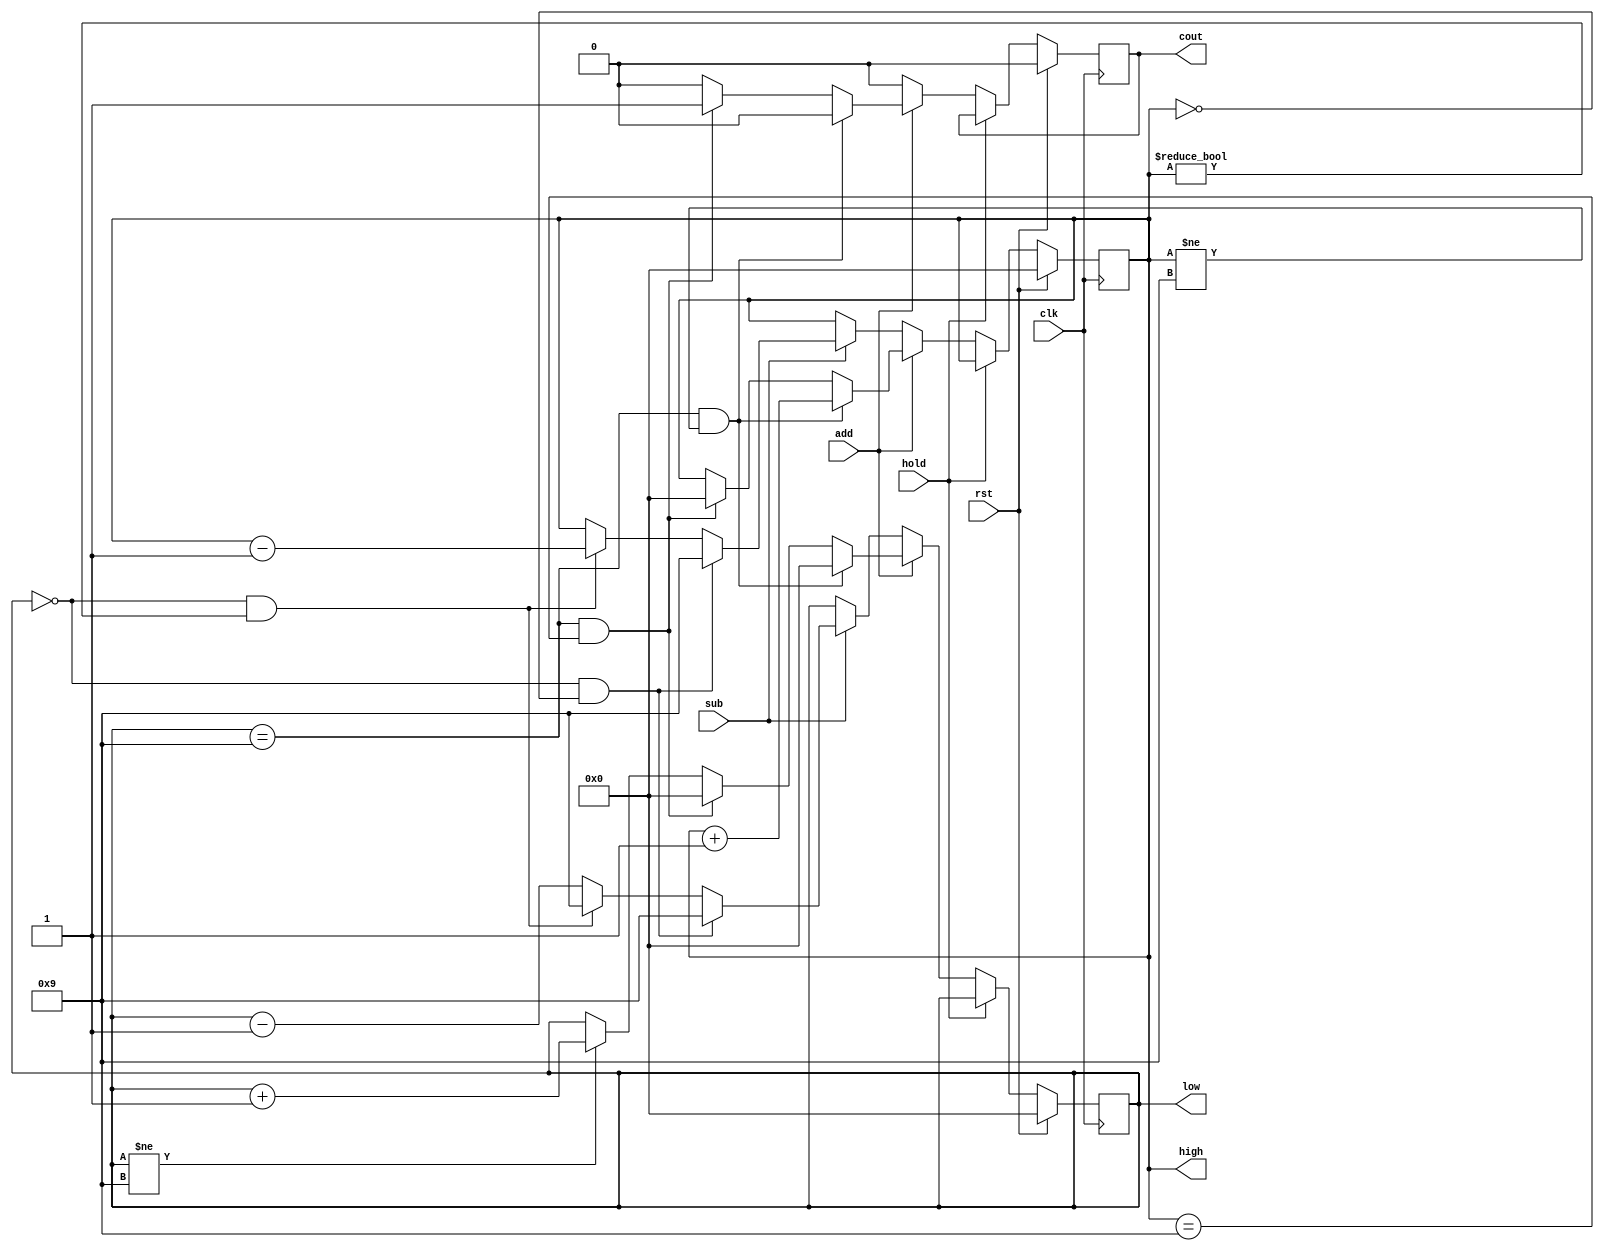
module register100_decimal(
    input clk,
    input add,
    input sub,
    input rst,
    input hold,
    output reg [3:0] low, high,
    output reg cout
);
    initial begin
        low = 0;
        high = 0;
        cout = 0;
    end

    always @(posedge clk) begin
        if (rst) begin
            high <= 0;
            low <= 0;
            cout <= 0;
        end else if (hold) begin
            high <= high;
            low <= low;
            cout <= cout;
        end else begin
        if (add) begin
            if (low == 4'd9 && high != 4'd9) begin
                high <= high + 1;
                low <= 0;
                cout <= 0;
            end else if (low == 4'd9 && high == 4'd9) begin
                high <= 0;
                low <= 0;
                cout <= 1;
            end else if (low != 4'd9) begin
                low <= low + 1;
                high <= high;
                cout <= 0;
            end else begin
                low <= low;
                high <= high;
                cout <= 0;
            end
        end else if (sub) begin
            if (low == 4'd0 && high == 4'd0) begin
                high <= 9;
                low <= 9;
            end else if (low == 4'd0 &&high != 4'd0) begin
                high <= high - 1;
                low <= 9;
            end else begin
                high <= high;
                low <= low - 1;
            end
            cout <= 0;
        end else begin
            high <= high;
            low <= low;
            cout <= 0;
        end
        end
    end

endmodule